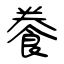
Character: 餋